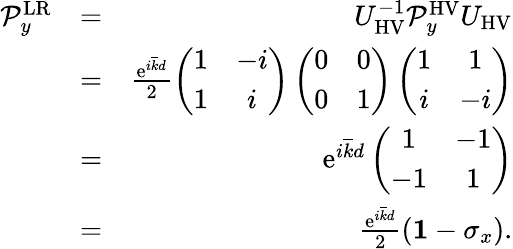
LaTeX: \begin{array}{rlr}{\mathcal{P}_{y}^{\mathrm{LR}}}&{=}&{U_{\mathrm{HV}}^{-1}\mathcal{P}_{y}^{\mathrm{HV}}U_{\mathrm{HV}}}\\ &{=}&{\frac{\mathrm{e}^{i\overline{{k}}d}}{2}\left(\begin{array}{cc}{1}&{-i}\\ {1}&{i}\end{array}\right)\left(\begin{array}{cc}{0}&{0}\\ {0}&{1}\end{array}\right)\left(\begin{array}{cc}{1}&{1}\\ {i}&{-i}\end{array}\right)}\\ &{=}&{\mathrm{e}^{i\overline{{k}}d}\left(\begin{array}{cc}{1}&{-1}\\ {-1}&{1}\end{array}\right)}\\ &{=}&{\frac{\mathrm{e}^{i\overline{{k}}d}}{2}({\mathbf 1}-\sigma_{x}).}\end{array}